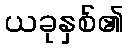
ယခုနှစ်၏